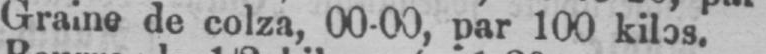
Graine de colza, 00-00, par 100 kilos.